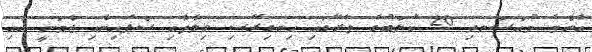
އެންމެ މުއްސަނދި 20 ކުލަބުގެ ތެރޭގައި އިނގިރޭސި ވިލާތާއި ސްޕެއިނާއި ޖާމަނީ އާއި